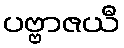
ပဗ္ဗာဇယီ